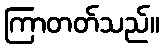
ကြာတတ်သည်။